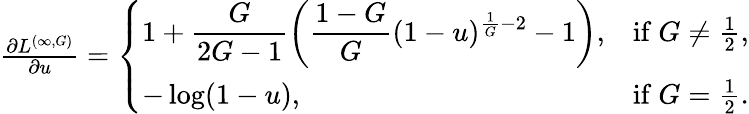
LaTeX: \begin{array}{r}{\frac{\partial L^{(\infty,G)}}{\partial u}=\left\{ \begin{array}{ll}{\displaystyle 1+\frac{G}{2G-1}\left(\frac{1-G}{G}(1-u)^{\frac{1}{G}-2}-1\right),}&{\mathrm{if~}G\neq\frac{1}{2},}\\ {\displaystyle-\log(1-u),}&{\mathrm{if~}G=\frac{1}{2}.}\end{array}\right.}\end{array}